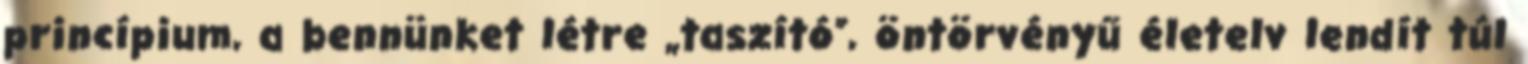
princípium, a bennünket létre „taszító”, öntörvényű életelv lendít túl